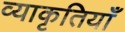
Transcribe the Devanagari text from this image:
व्याकृतियाँ